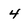
Character: 4